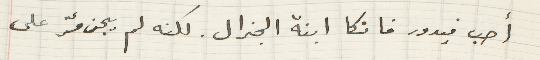
أحب فيدور فانكا ابنة الجنرال. لكنه لم يجرؤ على